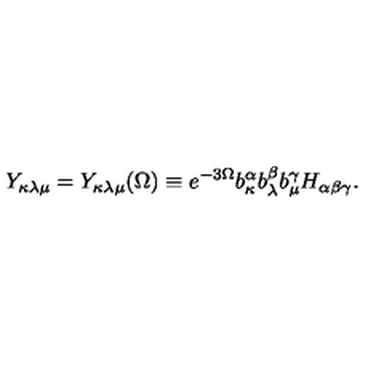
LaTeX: Y _ { \kappa \lambda \mu } = Y _ { \kappa \lambda \mu } ( \Omega ) \equiv e ^ { - 3 \Omega } b _ { \kappa } ^ { \alpha } b _ { \lambda } ^ { \beta } b _ { \mu } ^ { \gamma } H _ { \alpha \beta \gamma } .